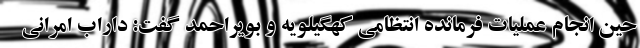
حین انجام عملیات فرمانده انتظامی کهگیلویه و بویراحمد گفت: داراب امرانی